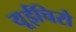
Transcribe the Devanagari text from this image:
यूईचिरो